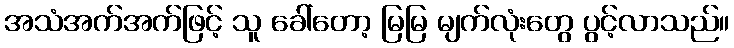
အသံအက်အက်ဖြင့် သူ ခေါ်တော့ မြမြ မျက်လုံးတွေ ပွင့်လာသည်။